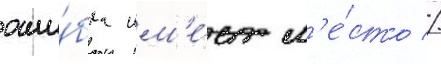
оши́бка им'е́ет м'е́сто //